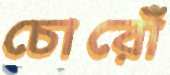
চোরোঁ